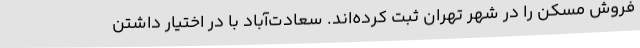
فروش مسکن را در شهر تهران ثبت کرده‌اند. سعادت‌آباد با در اختیار داشتن